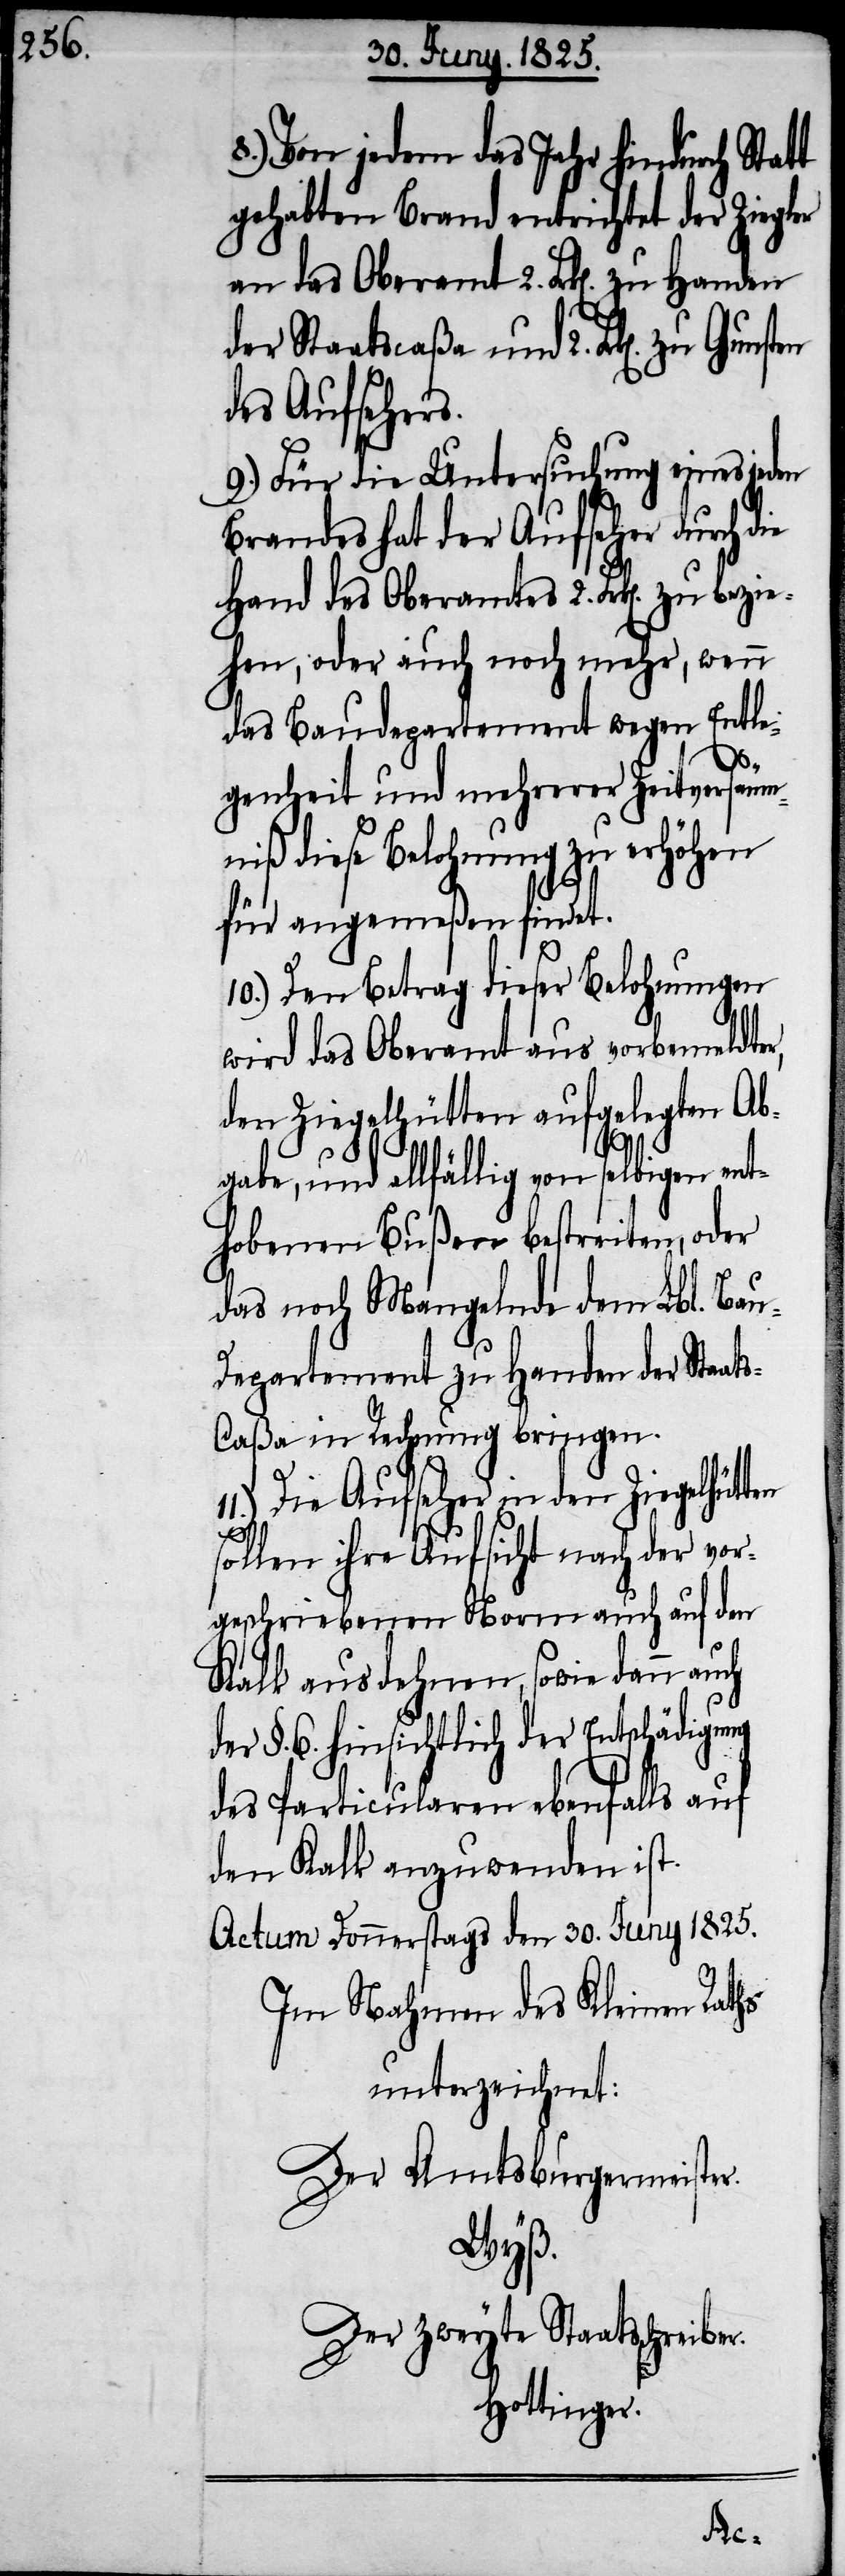
8.) Von jedem das Jahr hindurch Statt
gehabten Brand entrichtet der Ziegler
der Staatscaßa und 2. Frk[e¬
des Aufsehers.
9.) Für die Untersuchung eines jeden
Brandes hat der Aufseher durch d¬
Hand des Oberamtes 2. Frk[en]. zu
hen, oder auch noch mehr, wenn
das Baudepartement wegen Entle¬
genheit und mehrerer Zeitversäum¬
niß diese Belohnung zu erhöhen
für angemeßen findet.
10.) Den Betrag dieser Belohnungen
wird das Oberamt aus vorbemeldter,
den Ziegelhütten aufgelegten Ab¬
gabe, und allfällig von selbigen ent¬
hobenen Bußen bestreiten, oder
das noch Mängelnde dem Lbl. Bau-D¬
epartement zu Handen der Staat¬
s-Caßa in Rechnung bringen.
Die Aufseher in den Ziegelhüt¬
sollen ihre Aufsicht nach der vor¬
geschriebenen Norm auch auf den
Kalk ausdehnen, sowie dann auch
der §. 6. hinsichtlich der Entschädigung
des Particularen ebenfalls auf
den Kalk anzuwenden ist.
Actum Donnerstags den 30. Juny 1825.
Im Nahmen des Kleinen Raths
unterzeichnet:
Der Amtsburgermeister.
Wyß.
Der zweyte Staatsschreiber.
Hottinger.
ten